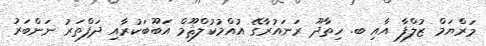
މަރްޔަމް ޒުލްފާ އާއި ބ. ހިތާދޫ ރަނައުރާގޭ އުއްމުކުލްޘޫމް އަބޫބަކުރާއި ދަފްތަރު ނަންބަރު